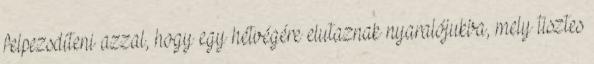
felpezsdíteni azzal, hogy egy hétvégére elutaznak nyaralójukba, mely tisztes